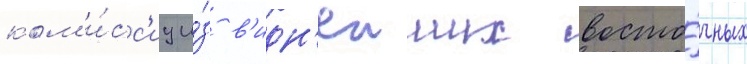
ком'и́сс'иу и́з в'идн'еиших восто́чных